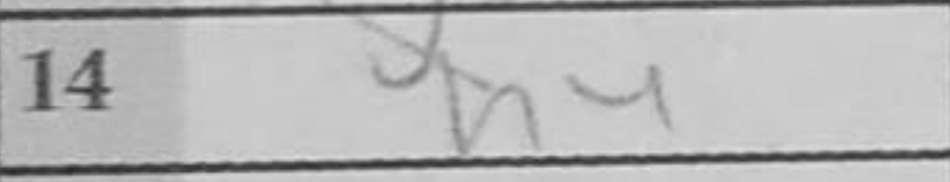
Transcription: h4